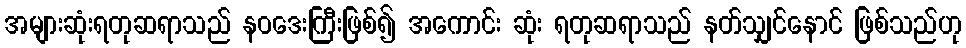
အများဆုံးရတုဆရာသည် နဝဒေးကြီးဖြစ်၍ အကောင်း ဆုံး ရတုဆရာသည် နတ်သျှင်နောင် ဖြစ်သည်ဟု